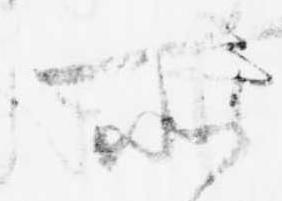
所